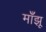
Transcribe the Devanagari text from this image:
माँझू